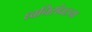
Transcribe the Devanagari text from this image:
ध्वनिसंघटना